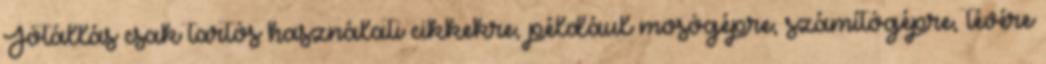
Jótállás csak tartós használati cikkekre, például mosógépre, számítógépre, tévére